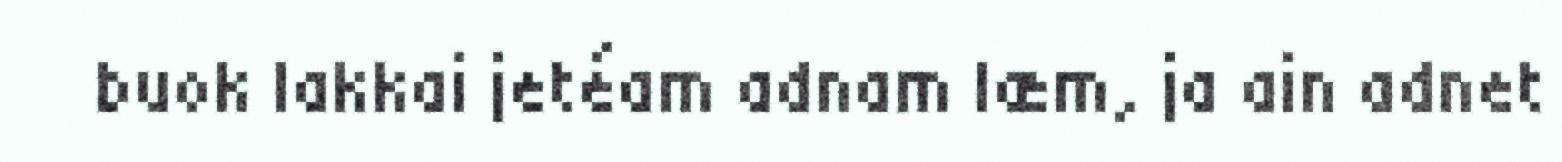
buok lakkai jetéam adnam læm, ja ain adnet